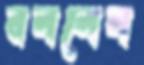
বললেল